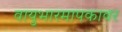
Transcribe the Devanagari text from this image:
वायुभारमापकावर